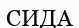
СИДА